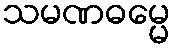
သမဏဓမ္မေ